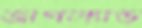
জাগল্যান্ড